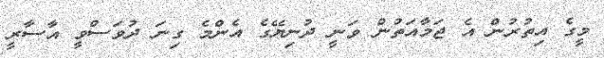
މީގެ އިތުރުން އެ ޖަމާއަތުން ވަނީ ދުނިޔޭގެ އެންމެ ގިނަ ދުވަސްވީ އާސާރީ